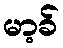
မာ့ခ်